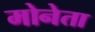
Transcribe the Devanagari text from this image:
मोनेता